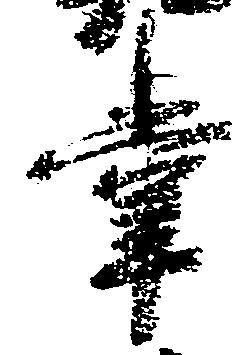
掌